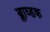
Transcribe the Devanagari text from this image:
ब्लाव्डक